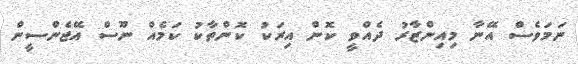
ނަމަވެސް އޭނާ މިއިންޒާރު ދެއްވީ ކޮން އިރަކު ކޮންތާކު ކަމެއް ނޫސް އޭޖެންސީން